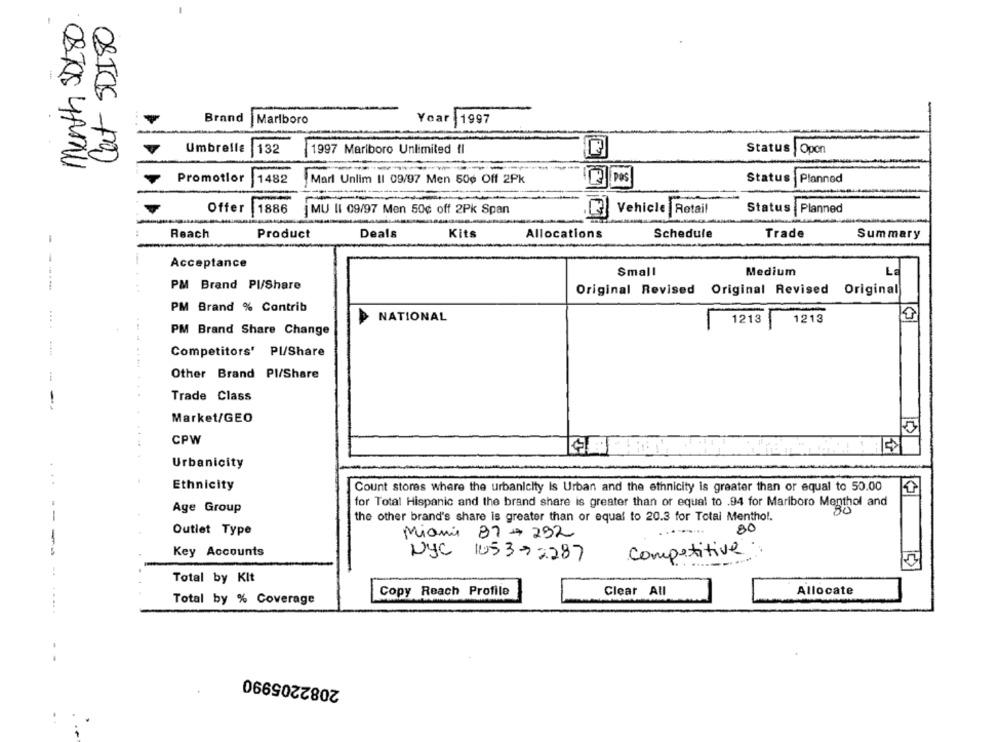
Menth SDL80
Cat SD180
Brand
Year
11997
Marlboro
Umbrella
Status
Opon
132
1997 Marlboro Unlimited {I
Promotlor
pas
Status
1482
Marl Unlim II 09/97 Men 50₺ Off 2Pk
Planned
Offer
1886
MU II 09/97 Men 50¢ off 2Pk Span
Vehicle Retail
Status Planned
Reach
Product
Deals
Kits
Allocations
Schedule
Trade
Summary
Acceptance
Small
Medium
La
PM Brand Pl/Share
Original Revised Original Revised Original
PM Brand % Contrib
NATIONAL
1213
1213
PM Brand Share Change
Competitors' Pl/Share
Other Brand Pl/Share
Trade Class
-
Market/GEO
CPW
Urbanicity
. .
Ethnicity
Count stores where the urbanleity Is Urban and the ethnicity is greater than or equal to 50.00
for Total Hispanic and the brand share is greater than or equal to .94 for Mariboro Menthol and
Age Group
--
the other brand's share is greater than or equal to 20.3 for Total Menthol.
-
Outlet Type
Miami 87 - 292
80
Key Accounts
Competitive :
NYC 105372287
Total by Kit
Copy Reach Profile
Clear All
Allocate
Total by % Coverage
....
2082205990